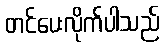
တင်ပေးလိုက်ပါသည်